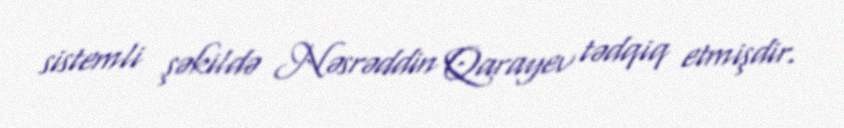
sistemli şəkildə Nəsrəddin Qarayev tədqiq etmişdir.